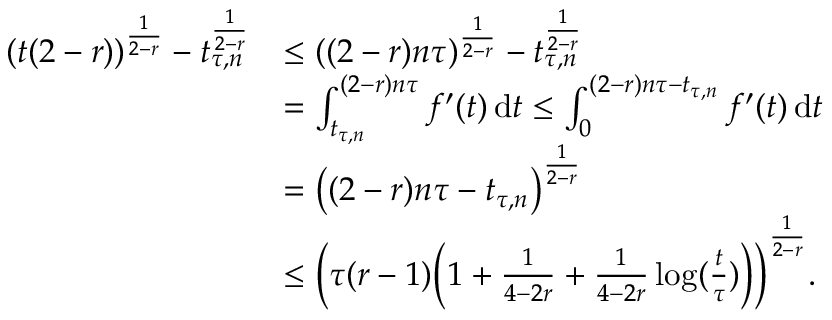
\begin{array} { r l } { \left( t ( 2 - r ) \right) ^ { \frac { 1 } { 2 - r } } - t _ { \tau , n } ^ { \frac { 1 } { 2 - r } } } & { \leq ( ( 2 - r ) n \tau ) ^ { \frac { 1 } { 2 - r } } - t _ { \tau , n } ^ { \frac { 1 } { 2 - r } } } \\ & { = \int _ { t _ { \tau , n } } ^ { ( 2 - r ) n \tau } f ^ { \prime } ( t ) \, \mathrm { d } t \leq \int _ { 0 } ^ { ( 2 - r ) n \tau - t _ { \tau , n } } f ^ { \prime } ( t ) \, \mathrm { d } t } \\ & { = \big ( ( 2 - r ) n \tau - t _ { \tau , n } \big ) ^ { \frac { 1 } { 2 - r } } } \\ & { \leq \bigg ( \tau ( r - 1 ) \Big ( 1 + \frac { 1 } { 4 - 2 r } + \frac { 1 } { 4 - 2 r } \log ( \frac { t } { \tau } ) \Big ) \bigg ) ^ { \frac { 1 } { 2 - r } } . } \end{array}